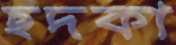
ছদকা